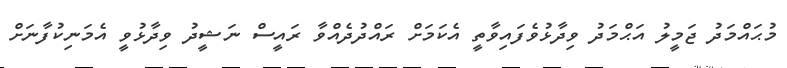
މުޙައްމަދު ޖަމީލު އަޙްމަދު ވިދާޅުވެފައިވާތީ އެކަމަށް ރައްދުދެއްވާ ރައީސް ނަޝީދު ވިދާޅުވީ އެމަނިކުފާނަށް